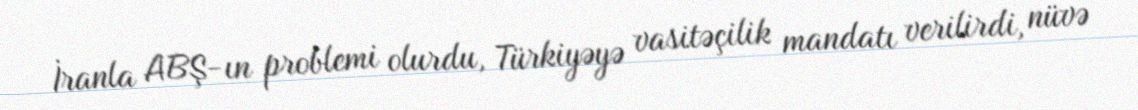
İranla ABŞ-ın problemi olurdu, Türkiyəyə vasitəçilik mandatı verilirdi, nüvə